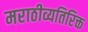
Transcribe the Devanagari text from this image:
मराठीव्यतिरिक्त